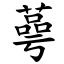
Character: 蕚